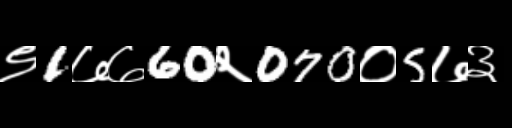
Text: ९1७७60२070०5७३